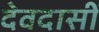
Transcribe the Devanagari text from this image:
देवदासीं